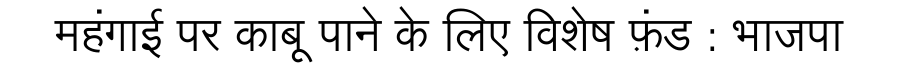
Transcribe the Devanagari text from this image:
महंगाई पर काबू पाने के लिए विशेष फ़ंड : भाजपा